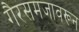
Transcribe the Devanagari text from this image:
गैरसमजावरून